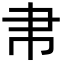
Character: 帇